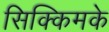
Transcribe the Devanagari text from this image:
सिक्किमके